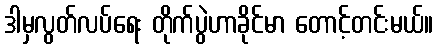
ဒါမှလွတ်လပ်ရေး တိုက်ပွဲဟာခိုင်မာ တောင့်တင်းမယ်။